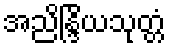
အညိန္ဒြိယသုတ္တံ